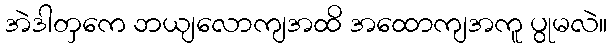
အဲဒါတှကေ ဘယျလောကျအထိ အထောကျအကူ ပွုမလဲ။